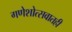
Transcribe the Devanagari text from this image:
गणेशोत्सवातही